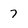
Character: 7